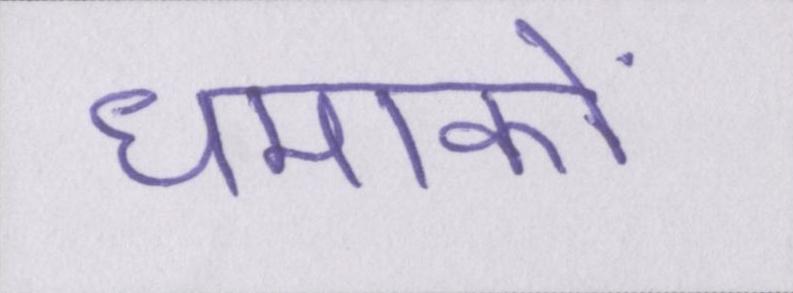
धमाकों